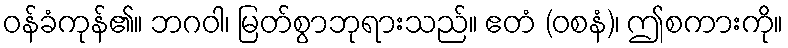
ဝန်ခံကုန်၏။ ဘဂဝါ၊ မြတ်စွာဘုရားသည်။ ဧတံ (ဝစနံ)၊ ဤစကားကို။